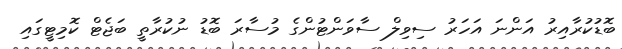
ބޮޑުކުރާއިރު އަންނަ އަހަރު ސިވިލް ސާވަންޓުންގެ މުސާރަ ބޮޑު ނުކުރާތީ ބަޖެޓް ކޮމިޓީގައި